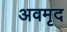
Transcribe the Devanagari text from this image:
अवमृद